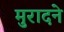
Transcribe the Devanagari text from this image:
मुरादने